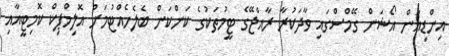
އިންޑިއަން އޯޝަން ގޭމްސްގައި ވާދަކުރާ ރާއްޖޭގެ ޓީމުތަކުގެ ކަންކަން ބެލެހެއްޓުމަށް އޮލިމްޕިކް ކޮމިޓީއާއި